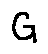
G